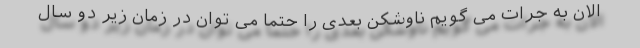
الان به جرات می گویم ناوشکن بعدی را حتماً می توان در زمان زیر دو سال